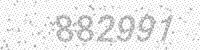
Solution: 882991